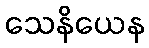
သေနိယေန